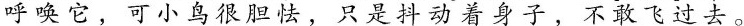
呼唤它，可小鸟很胆怯，只是抖动着身子，不敢飞过去。